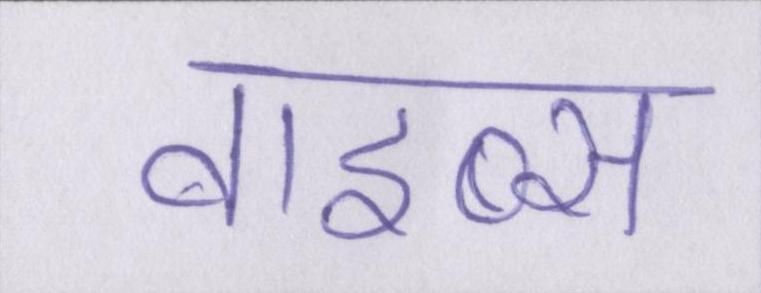
वाइब्स